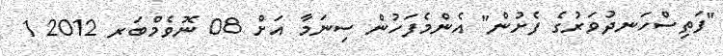
"ފަތިސްހަނދުވަރުގެ ފެށުން" އެންމެފަހުން ސިނަމާ އަށް 08 ނޮވެމްބަރ 2012 1